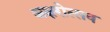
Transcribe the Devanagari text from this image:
अक्षरोत्सव